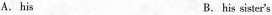
A. his B. his sister's